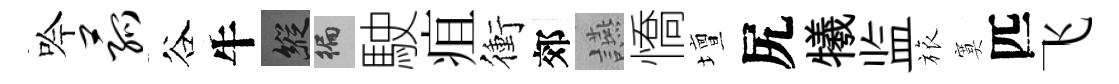
吟菰谷牛縱徧駛疽衝郊讌憍壇尻犧监旅寞匹飞